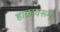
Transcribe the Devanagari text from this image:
हाळावरून